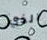
الذي